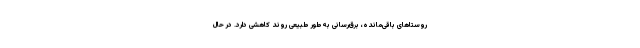
روستا‌های باقی‌مانده، برق‌رسانی به‌طور طبیعی روند کاهشی دارد. در حال